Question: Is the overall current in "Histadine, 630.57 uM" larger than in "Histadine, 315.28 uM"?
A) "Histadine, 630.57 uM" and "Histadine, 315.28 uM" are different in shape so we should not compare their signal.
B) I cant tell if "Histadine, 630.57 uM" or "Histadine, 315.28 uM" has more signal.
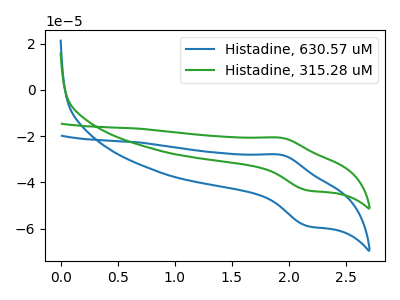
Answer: <think>The blue curve "Histadine, 630.57 uM" has an anodic peak at (1.95V, -28.10uA) and a cathodic peak at (2.15V, -58.90uA). The green curve "Histadine, 315.28 uM" has an anodic peak at (1.95V, -20.75uA) and a cathodic peak at (2.15V, -43.45uA).
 All the peaks in "Histadine, 630.57 uM" have a peak in "Histadine, 315.28 uM" at the same potential.</think>
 <answer>B) I cant tell if "Histadine, 630.57 uM" or "Histadine, 315.28 uM" has more signal.</answer>
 <eval>B</eval>